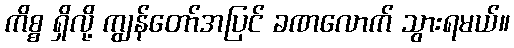
ကိစ္စ ရှိလို့ ကျွန်တော်အပြင် ခဏလောက် သွားရမယ်။